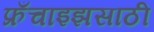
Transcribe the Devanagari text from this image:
फ्रँचाइझसाठी